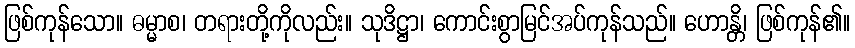
ဖြစ်ကုန်သော။ ဓမ္မာစ၊ တရားတို့ကိုလည်း။ သုဒိဋ္ဌာ၊ ကောင်းစွာမြင်အပ်ကုန်သည်။ ဟောန္တိ၊ ဖြစ်ကုန်၏။